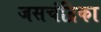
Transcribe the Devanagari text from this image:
जसचंद्रिका